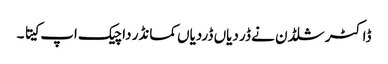
ڈاکٹر شلڈن نے ڈر دیاں ڈردیاں کمانڈر دا چیک اپ کیتا ۔